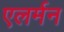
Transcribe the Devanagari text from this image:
एलर्मन